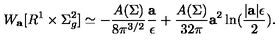
W _ { \bf a } [ R ^ { 1 } \times \Sigma _ { g } ^ { 2 } ] \simeq - { \frac { A ( \Sigma ) } { 8 \pi ^ { 3 / 2 } } } { \frac { \bf a } { \epsilon } } + { \frac { A ( \Sigma ) } { 3 2 \pi } } { \bf a } ^ { 2 } \ln ( { \frac { | { \bf a } | \epsilon } { 2 } } ) .